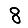
Digit: 8